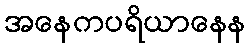
အနေကပရိယာနေန